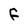
Character: F